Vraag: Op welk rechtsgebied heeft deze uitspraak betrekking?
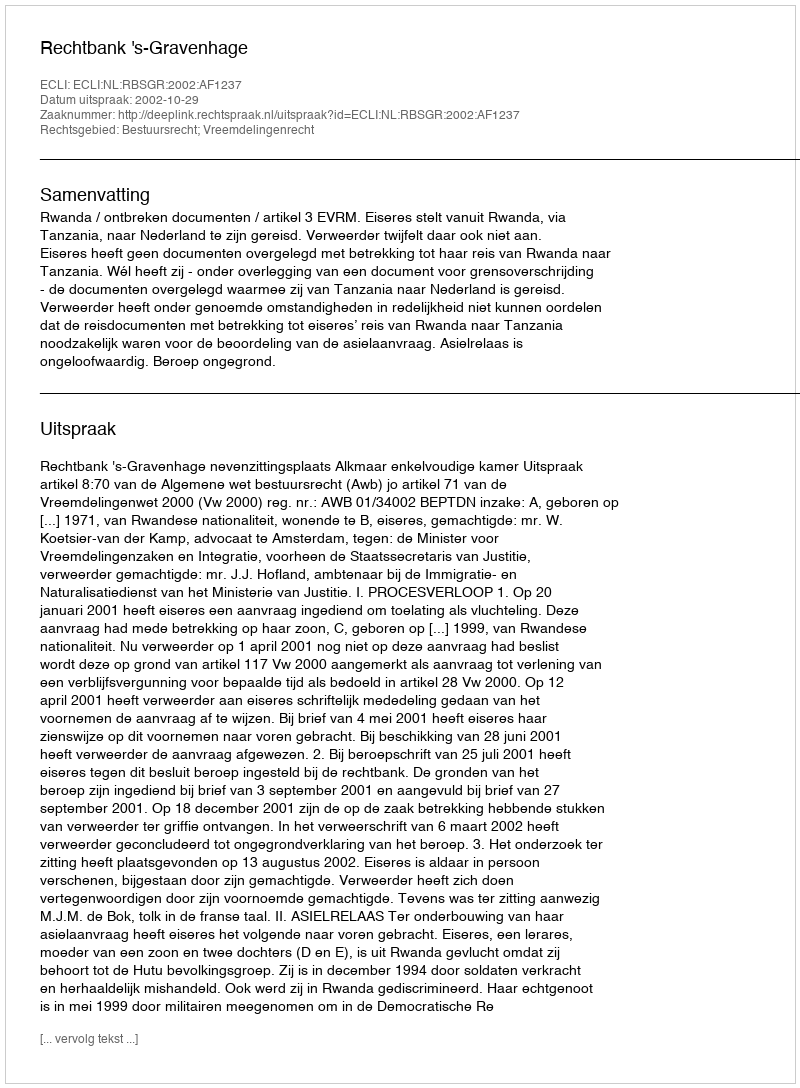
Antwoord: Bestuursrecht; Vreemdelingenrecht